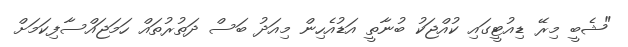
"ޝެބީ މިރޭ ޑިއުޓީގައި ކުއްޖަކު ބުނާތީ އަޑުއެހިން މިއަދު ބަސް ދަތުރުތައް ހަމަޖައްސާފިކަމަށް